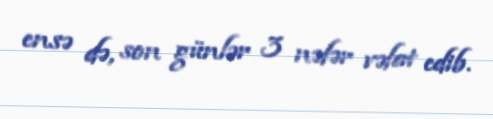
ensə də, son günlər 3 nəfər vəfat edib.